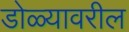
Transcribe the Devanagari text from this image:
डोळ्यावरील